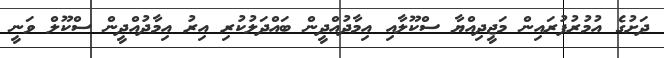
ދަށުގެ އުމުރުފުރައިން މަޖީދިއްޔާ ސްކޫލާއި އިމާދުއްދީން ބައްދަލުކުރި އިރު އިމާދުއްދީން ސްކޫލް ވަނީ